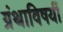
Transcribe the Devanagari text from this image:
ग्रंथाविषयीं